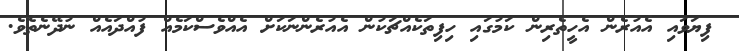
ފިޔަވައި އެއުރެން އެހީތެރިން ކަމުގައި ހިފިތަކެއްޗަކުން އެއުރެންނަކަށް އެއްވެސްކަމެއް ފުއްދައެއް ނުދޭނެތެވެ.